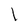
Character: I